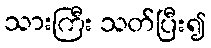
သားကြီး သတ်ပြီး၍